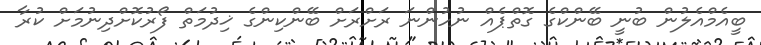
ބީއެމްއެލުން ބުނީ ބޭންކްގެ ގޮތްޕެއް ނުހުންނަ ރަށްރަށް ބޭންކިންގެ ޚިދުމަތް ފޯރުކޮށްދިނުމަށް ކުރާ